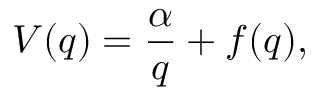
V ( q ) = \frac { \alpha } { q } + f ( q ) ,